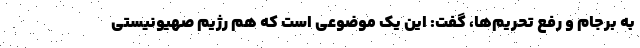
به برجام و رفع تحریم‌ها، گفت: این یک موضوعی است که هم رژیم صهیونیستی